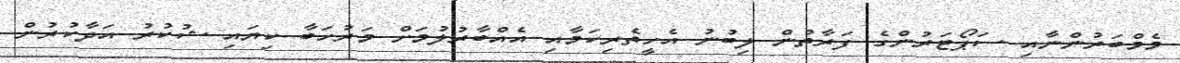
މެމްބަރުންނާއި ސަޕޯޓަރުންގެ ފަރާތުން ލިބުނު އެހީތެރިކަމާއި އެއްބާރުލުމަށް މަރުހަބާ ކިޔައި ޝުކުރު އަދާކުރުން